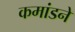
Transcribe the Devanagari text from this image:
कमांडने